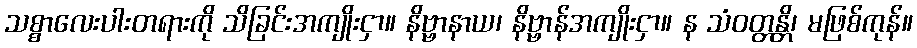
သစ္စာလေးပါးတရားကို သိခြင်းအကျိုးငှာ။ နိဗ္ဗာနာယ၊ နိဗ္ဗာန်အကျိုးငှာ။ န သံဝတ္တန္တိ၊ မဖြစ်ကုန်။